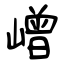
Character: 嶒